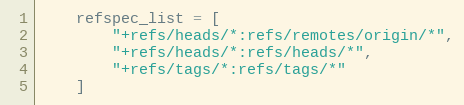
Language: Python
    refspec_list = [
        "+refs/heads/*:refs/remotes/origin/*",
        "+refs/heads/*:refs/heads/*",
        "+refs/tags/*:refs/tags/*"
    ]